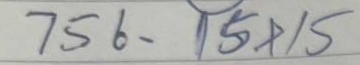
756 = 15x15